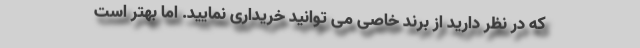
که در نظر دارید از برند خاصی می توانید خریداری نمایید. اما بهتر است